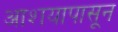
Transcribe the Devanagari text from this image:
आशयापासून